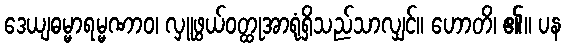
ဒေယျဓမ္မာရမ္မဏာဝ၊ လှူဖွယ်ဝတ္ထုအာရုံရှိသည်သာလျှင်။ ဟောတိ၊ ၏။ ပန